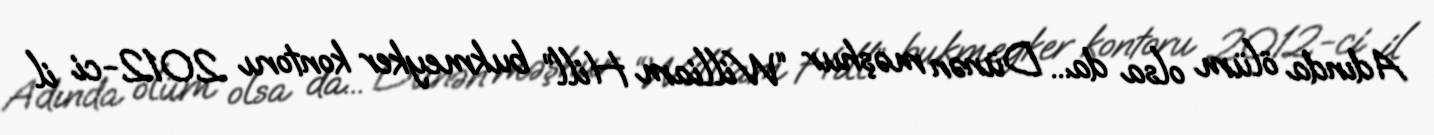
Adında ölüm olsa da... Dünən məşhur “William Hill” bukmeyker kontoru 2012-ci il